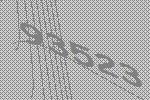
93523